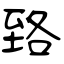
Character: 臵